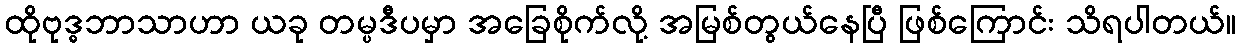
ထိုဗုဒ္ဓဘာသာဟာ ယခု တမ္ပဒီပမှာ အခြေစိုက်လို့ အမြစ်တွယ်နေပြီ ဖြစ်ကြောင်း သိရပါတယ်။